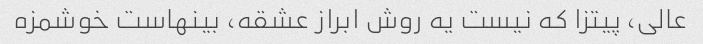
عالی، پیتزا که نیست یه روش ابراز عشقه، بینهاست خوشمزه